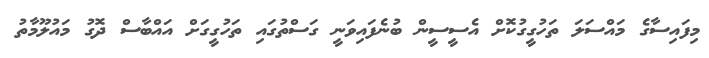
މިފައިސާގެ މައްސަލަ ތަހުގީގުކޮށް އެސީސީން ބުނެފައިވަނީ ގަސްތުގައި ތަހުގީގަށް އައްބާސް ދޮގު މައުލޫމާތު